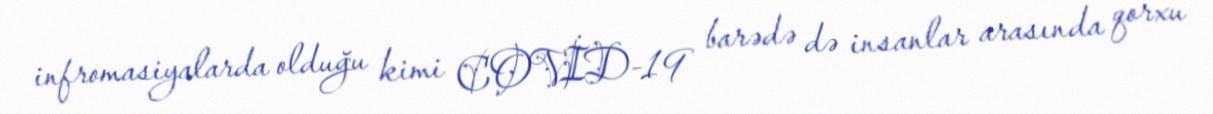
infromasiyalarda olduğu kimi COVİD-19 barədə də insanlar arasında qorxu